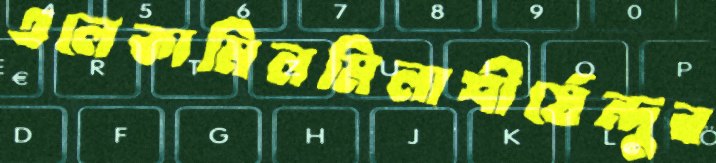
এলেকামিলমিলাশীর্ষেন্দুর